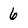
Character: 6